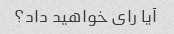
آیا رای خواهید داد؟